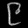
Digit: ၉